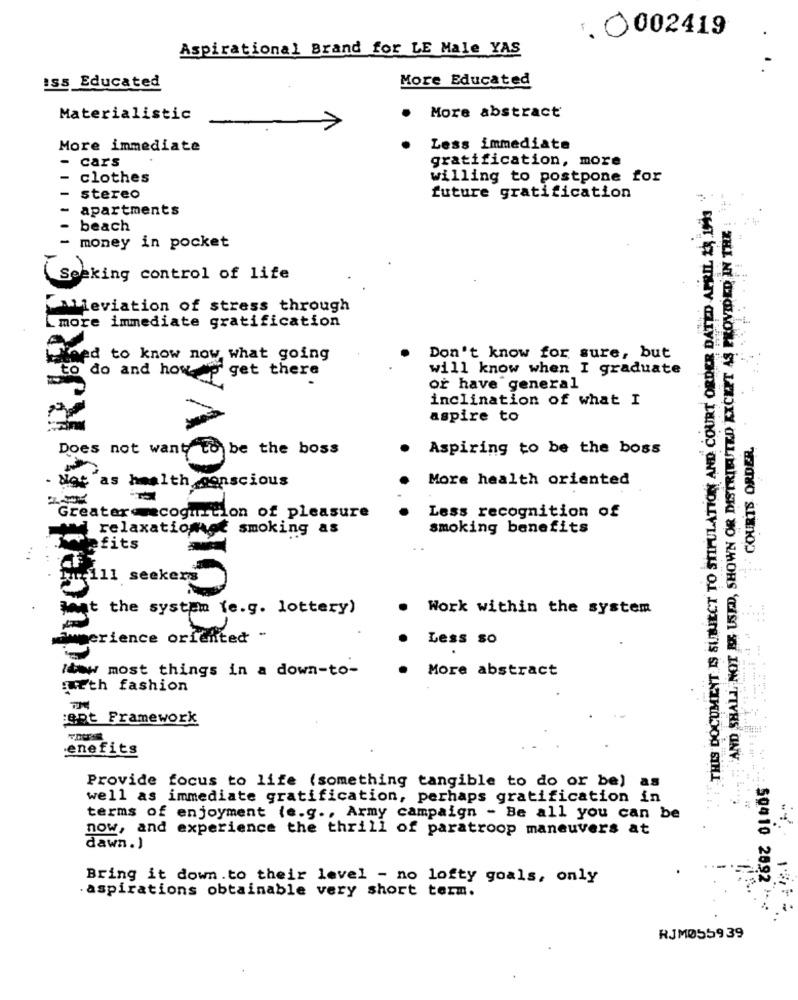
1. 0002419
Aspirational Brand for LE Male YAS
1 .
More Educated
Iss Educated
Materialistic
More abstract
More immediate
Less immediate
- cars
gratification, more
clothes
willing to postpone for
OCUMENT IS SINSECT TO STIPULATION AND COURT ORDER DATED APRIL 2H IAS
stereo
future gratification
apartments
AND SHALL NOT BE USED, SHOWN OR DISTRIBUTED EXCEPT AS PROVIDED IN THE
beach
- money in pocket
Seeking control of life
Mieviation of stress through
more immediate gratification
med to know now what going
Don't know for sure, but
to do and how p get there
will know when I graduate
or have general
inclination of what I
aspire to
Does not want to be the boss
Aspiring to be the boss
- Migt as health conscious
More health oriented
Greaterecognition of pleasure
Less recognition of
relaxationge
smoking as
smoking benefits
ofits
fu-111 seekers
what the system (e.g. lottery)
. Work within the system
immerience oriented -
Less so
Ibmw most things in a down-to-
More abstract
:urth fashion
:ent Framework
enefits
Provide focus to life (something tangible to do or be) as
well as immediate gratification, perhaps gratification in
terms of enjoyment (e.g ., Army campaign - Be all you can be
now, and experience the thrill of paratroop maneuvers at
dawn.)
Bring it down .to their level - no lofty goals, only
. aspirations obtainable very short term.
50410 20.92 -+
RJM055939